Annual report of the Central Committee of the Association together with the report of the directors of the Pasteur Institute at Kasauli
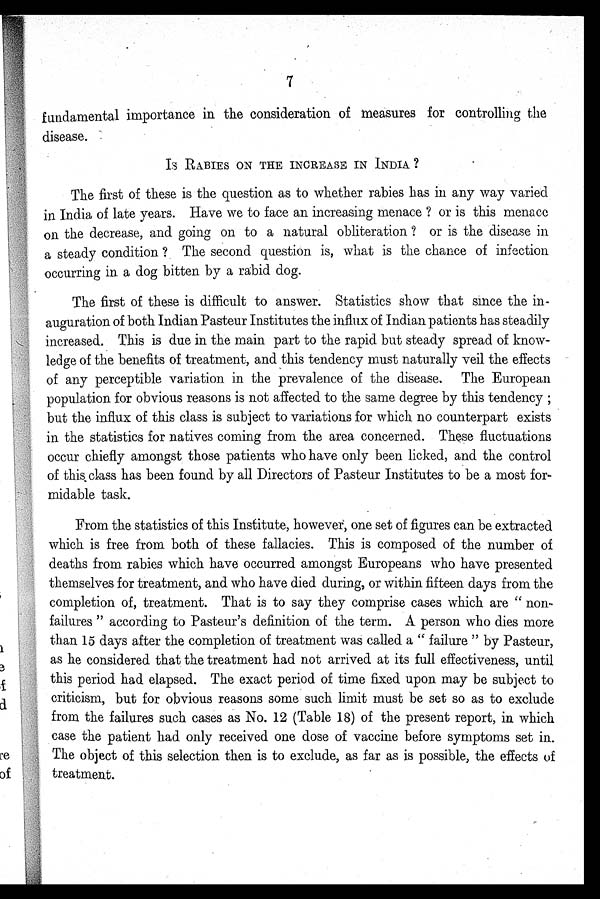
fundamental importance in the consideration of measures for controlling the
disease.
IS RABIES ON THE INCREASE IN INDIA ?
The first of these is the question as to whether rabies has in any way varied
in India of late years. Have we to face an increasing menace ? or is this menace
on the decrease, and going on to a natural obliteration ? or is the disease in
a steady condition ? The second question is, what is the chance of infection
occurring in a dog bitten by a rabid dog.
The first of these is difficult to answer. Statistics show that since the in
-
auguration of both Indian Pasteur Institutes the influx of Indian patients has steadily
increased. This is due in the main part to the rapid but steady spread of know-
ledge of the benefits of treatment, and this tendency must naturally veil the effects
of any perceptible variation in the prevalence of the disease. The European
population for obvious reasons is not affected to the same degree by this tendency;
but the influx of this class is subject to variations for which no counterpart exists
in the statistics for natives coming from the area concerned. These fluctuations
occur chiefly amongst those patients who have only been licked, and the control
of this class has been found by all Directors of Pasteur Institutes to be a most for
-
midable task.
From the statistics of this Institute, however, one set of figures can be extracted
which is free from both of these fallacies. This is composed of the number of
deaths from rabies which have occurred amongst Europeans who have presented
themselves for treatment, and who have died during, or within fifteen days from the
completion of, treatment. That is to say they comprise cases which are " non-
failures " according to Pasteur's definition of the term. A person who dies more
than 15 days after the completion of treatment was called a " failure " by Pasteur,
as he considered that the treatment had not arrived at its full effectiveness, until
this period had elapsed. The exact period of time fixed upon may be subject to
criticism, but for obvious reasons some such limit must be set so as to exclude
from the failures such cases as No. 12 (Table 18) of the present report, in which
case the patient had only received one dose of vaccine before symptoms set in.
The object of this selection then is to exclude, as far as is possible, the effects of
treatment.